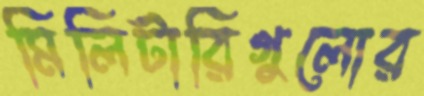
মিলিটারিগুলোর